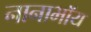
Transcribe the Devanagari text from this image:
नानाभॉय